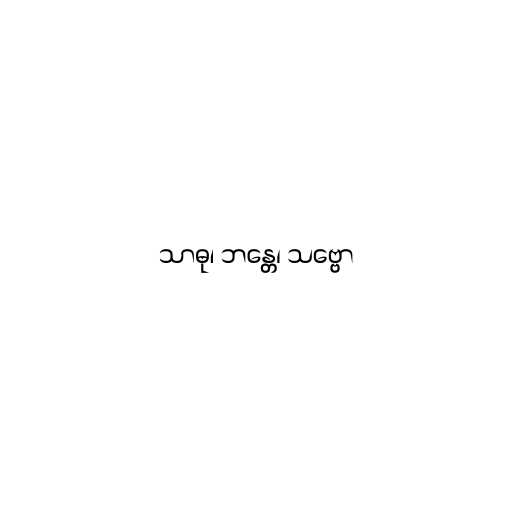
သာဓု၊ ဘန္တေ၊ သဗ္ဗော